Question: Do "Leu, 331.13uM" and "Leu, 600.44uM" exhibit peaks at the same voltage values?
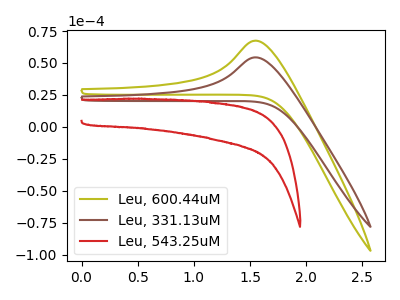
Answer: <think>The olive curve "Leu, 600.44uM" has an anodic peak at: (1.55V, 67.45uA). The brown curve "Leu, 331.13uM" has an anodic peak at: (1.55V, 54.40uA). The red curve "Leu, 543.25uM" has no peaks.</think>
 <answer>Yes, "Leu, 331.13uM" have a peak in "Leu, 600.44uM" at the same potential.</answer>
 <eval>match</eval>